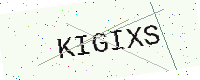
Text: KIGIXS